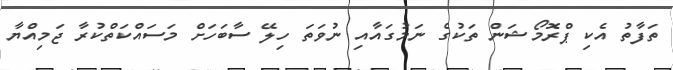
ތަފާތު އެކި ޕްރޮމޯޝަން ތަކުގެ ނަމުގައާއި ނުވަތަ ހިލޭ ސާބަހަށް މަސައްކަތްކުރާ ޖަމިއްޔާ